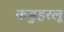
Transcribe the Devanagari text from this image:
कडुहरलू